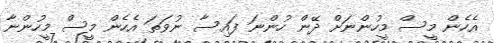
އެހެން މީސް މީހުންނަށް ދޭން ހުންނަ ފައިސާ ނުވަތަ އެހެން މީސް މީހުންނާ